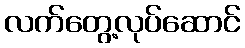
လက်တွေ့လုပ်ဆောင်